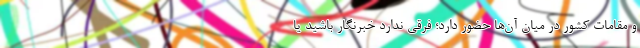
و مقامات کشور در میان آن‌ها حضور دارد؛ فرقی ندارد خبرنگار باشید یا